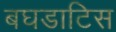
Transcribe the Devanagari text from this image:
बघडाटिस